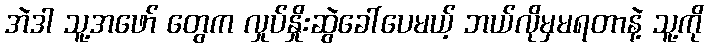
အဲဒါ သူ့အဖော် တွေက လှုပ်နှိုးဆွဲခေါ်ပေမယ့် ဘယ်လိုမှမရတာနဲ့ သူ့ကို